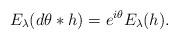
LaTeX: \begin{align*} E_{\lambda}(d\theta *h) = e^{i\theta}E_{\lambda}(h).\end{align*}